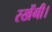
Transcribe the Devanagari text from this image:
रखेंगी।